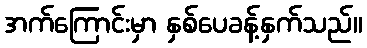
အက်ကြောင်းမှာ နှစ်ပေခန့်နှက်သည်။